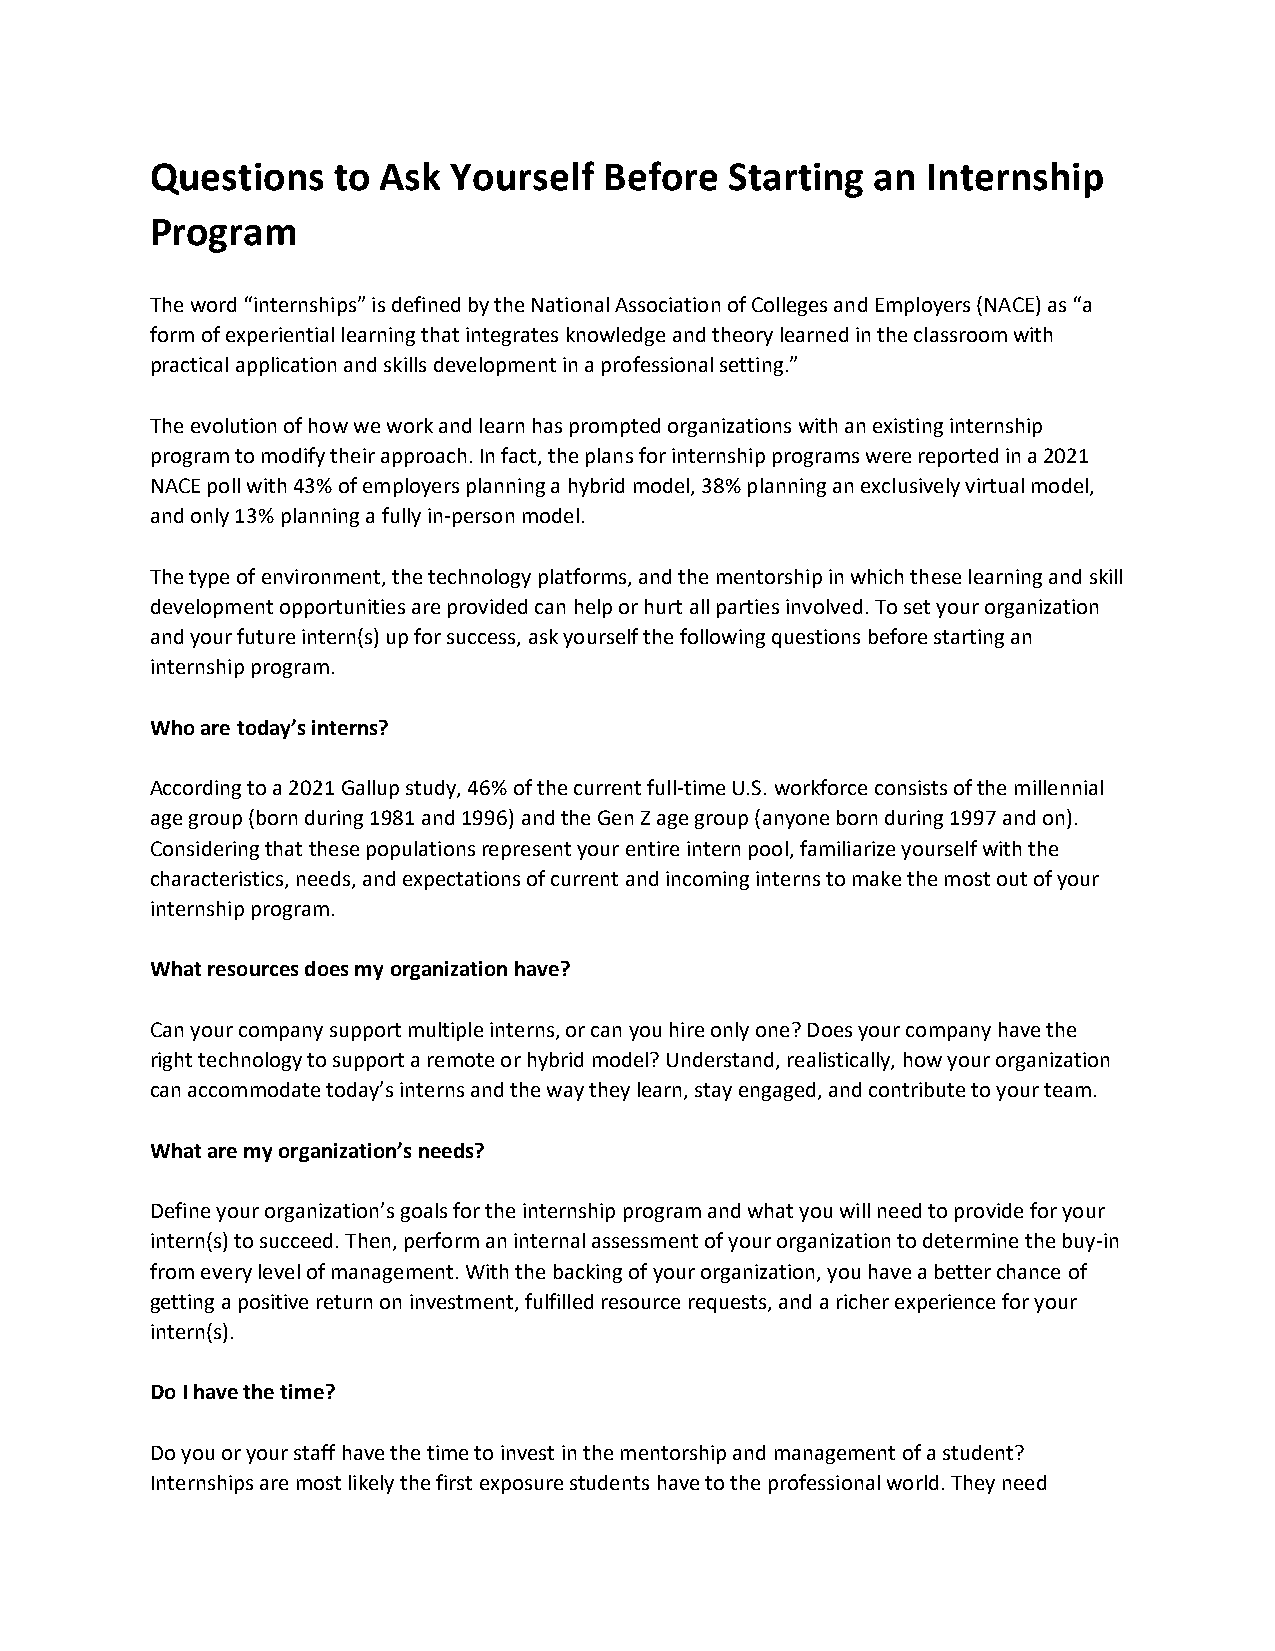
Questions   to Ask  Yourself  Before  Starting  an Internship
 Program
 The word “internships” is defined by the National Association of Colleges and Employers (NACE) as “a
 form of experiential learning that integrates knowledge and theory learned in the classroom with
 practical application and skills development in a professional setting.”
 The evolution of how we work and learn has prompted organizations with an existing internship
 program to modify their approach. In fact, the plans for internship programs were reported in a 2021
 NACE poll with 43% of employers planning a hybrid model, 38% planning an exclusively virtual model,
 and only 13% planning a fully in-person model.
 The type of environment, the technology platforms, and the mentorship in which these learning and skill
 development opportunities are provided can help or hurt all parties involved. To set your organization
 and your future intern(s) up for success, ask yourself the following questions before starting an
 internship program.
 Who are today’s interns?
 According to a 2021 Gallup study, 46% of the current full-time U.S. workforce consists of the millennial
 age group (born during 1981 and 1996) and the Gen Z age group (anyone born during 1997 and on).
 Considering that these populations represent your entire intern pool, familiarize yourself with the
 characteristics, needs, and expectations of current and incoming interns to make the most out of your
 internship program.
 What resources does my organization have?
 Can your company support multiple interns, or can you hire only one? Does your company have the
 right technology to support a remote or hybrid model? Understand, realistically, how your organization
 can accommodate today’s interns and the way they learn, stay engaged, and contribute to your team.
 What are my organization’s needs?
 Define your organization’s goals for the internship program and what you will need to provide for your
 intern(s) to succeed. Then, perform an internal assessment of your organization to determine the buy-in
 from every level of management. With the backing of your organization, you have a better chance of
 getting a positive return on investment, fulfilled resource requests, and a richer experience for your
 intern(s).
 Do I have the time?
 Do you or your staff have the time to invest in the mentorship and management of a student?
 Internships are most likely the first exposure students have to the professional world. They need